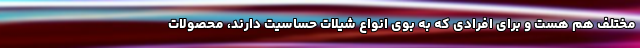
مختلف هم هست و برای افرادی که به بوی انواع شیلات حساسیت دارند، محصولات